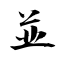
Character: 並